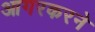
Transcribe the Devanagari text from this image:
आगरकरने